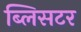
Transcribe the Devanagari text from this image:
ब्लिसटर